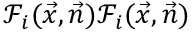
\mathcal { F } _ { i } ( \vec { x } , \vec { n } ) \mathcal { F } _ { i } ( \vec { x } , \vec { n } )